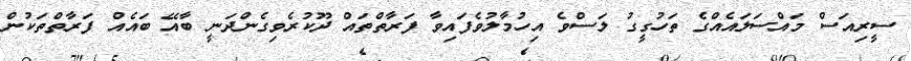
ސީރިއަސް މައްސަލައެއްގެ ތަހުގީގު ލަސްވެ އިހުމާލުވެފައިވާ ފަރާތްތައް ދޫކުރެވިގެންދަނީ ބާއޭ ބައެއް ފަރާތްތަކުން